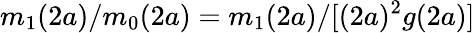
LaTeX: m_{1}(2a)/m_{0}(2a)=m_{1}(2a)/[(2a)^{2}g(2a)]